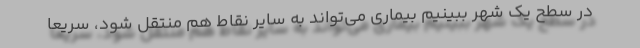
در سطح یک شهر ببینیم بیماری می‌تواند به سایر نقاط هم منتقل شود، سریعا